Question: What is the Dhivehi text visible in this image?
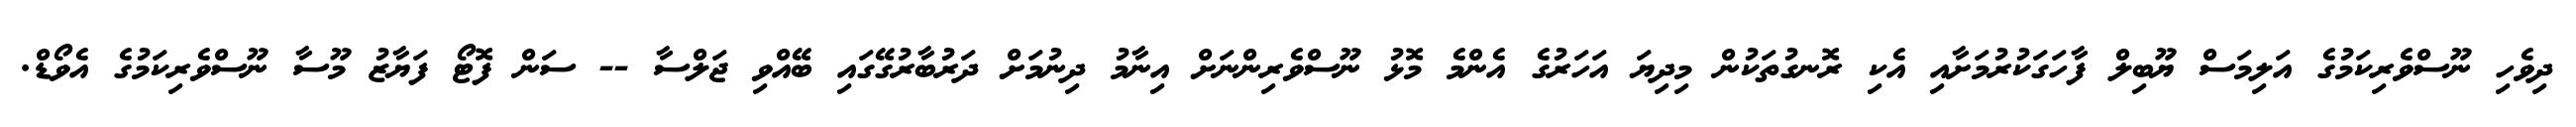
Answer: ދިވެހި ނޫސްވެރިކަމުގެ އަލިމަސް ޔޫބިލް ފާހަގަކުރުމަށާއި އެކި ރޮނގުތަކުން މިދިޔަ އަހަރުގެ އެންމެ މޮޅު ނޫސްވެރިންނަށް އިނާމު ދިނުމަށް ދަރުބާރުގޭގައި ބޭއްވި ޖަލްސާ -- ސަން ފޮޓޯ ފަޔާޒު މޫސާ ނޫސްވެރިކަމުގެ އެވޯޑް.